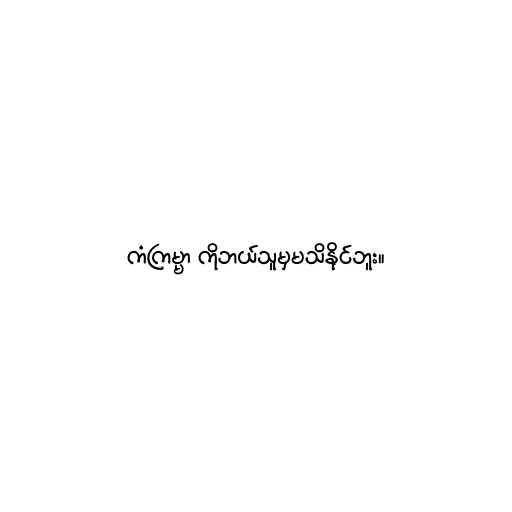
ကံကြမ္မာ ကိုဘယ်သူမှမသိနိုင်ဘူး။